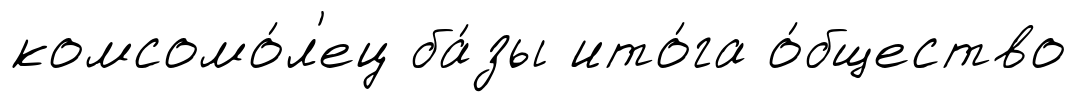
комсомо́л'ец ба́зы ито́га о́бщество